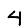
Digit: 4